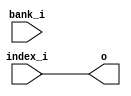
/* Generated by Yosys 0.27+9 (git sha1 101d19bb6, gcc 11.2.0-7ubuntu2 -fPIC -Os) */

(* top =  1  *)

module bsg_hash_bank_reverse(index_i, bank_i, o);
  
  input bank_i;
  wire bank_i;
  
  input [15:0] index_i;
  wire [15:0] index_i;
  
  output [15:0] o;
  wire [15:0] o;
  assign o = index_i;
endmodule